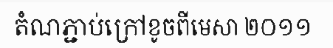
តំណភ្ជាប់ក្រៅខូចពីមេសា ២០១១